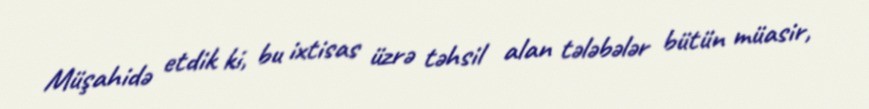
Müşahidə etdik ki, bu ixtisas üzrə təhsil alan tələbələr bütün müasir,